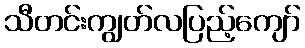
သီတင်းကျွတ်လပြည့်ကျော်